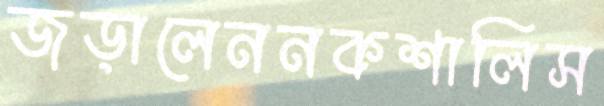
জড়ালেননকশালিস